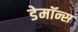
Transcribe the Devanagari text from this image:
डेमॉन्स